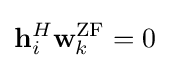
\mathbf {h} _{i}^{H}\mathbf {w} _{k}^{\mathrm {ZF} }=0